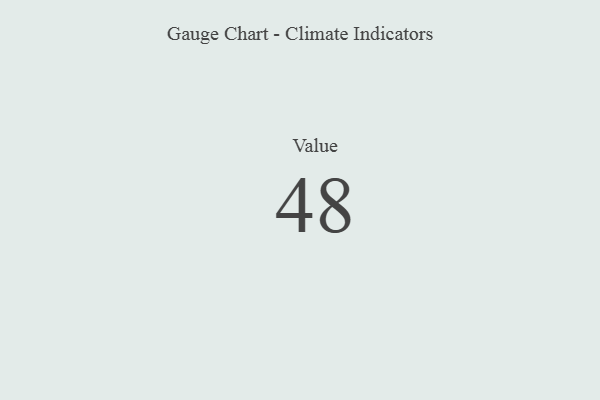
{"axis": {"x": "Metric", "y": "Value"}, "legend": [""], "data": [{"x": "Value", "y": 48, "type": ""}]}